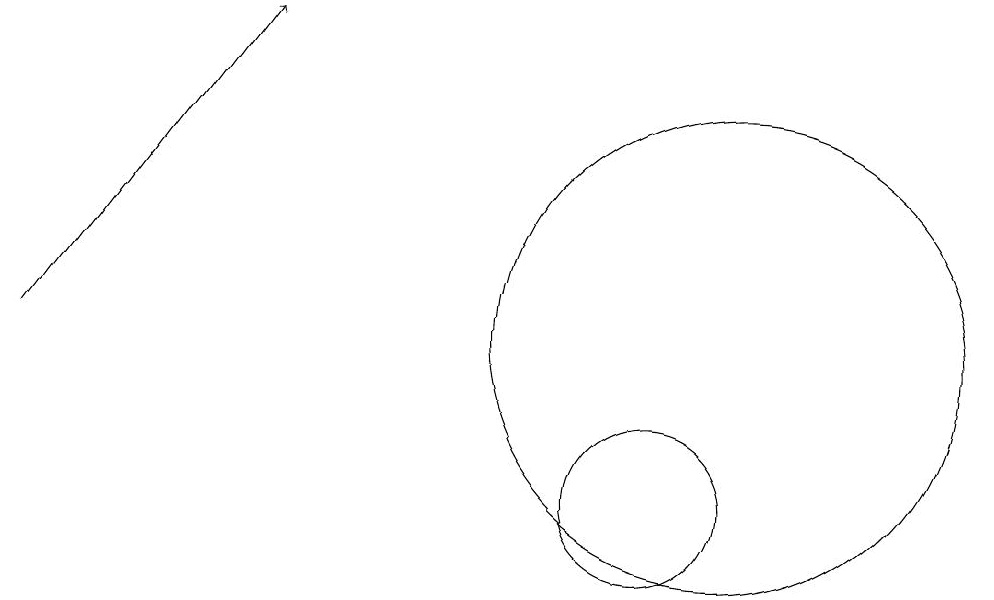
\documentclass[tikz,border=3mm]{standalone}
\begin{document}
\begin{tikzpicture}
\draw (12,12) circle (3);
\draw[->] (3,12) -- (6,16);
\draw (11,10) circle (1);
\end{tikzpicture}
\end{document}